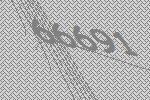
66691